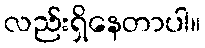
လည်းရှိနေတာပါ။